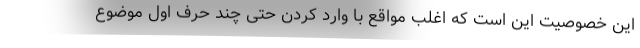
این خصوصیت این است که اغلب مواقع با وارد کردن حتی چند حرف اول موضوع